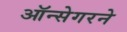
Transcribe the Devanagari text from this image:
ऑन्सेगरने